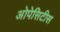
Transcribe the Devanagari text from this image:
ओपेसिटीस